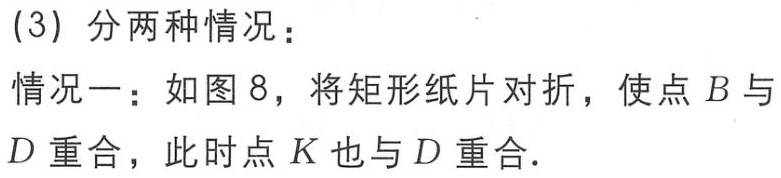
(3) 分两种情况：
情况一：如图 8，将矩形纸片对折，使点 \(B\) 与 \(D\) 重合，此时点 \(K\) 也与 \(D\) 重合.